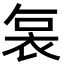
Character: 𮕷